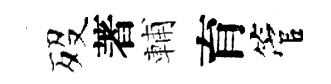
歿著輔育管